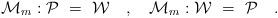
LaTeX: \begin{align*}{\cal M}_m : {\cal P} ~=~ {\cal W} ~~~,~~~ {\cal M}_m : {\cal W} ~=~{\cal P} ~~~.\end{align*}